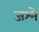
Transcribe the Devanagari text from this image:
जश्ने